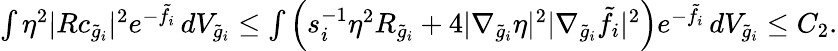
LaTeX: \begin{array}{r}{\int\eta^{2}|Rc_{\tilde{g}_{i}}|^{2}e^{-\tilde{f}_{i}}\, dV_{\tilde{g}_{i}}\le\int\left(s_{i}^{-1}\eta^{2}R_{\tilde{g}_{i}}+4|\nabla_{\tilde{g}_{i}}\eta|^{2}|\nabla_{\tilde{g}_{i}}\tilde{f}_{i}|^{2}\right)e^{-\tilde{f}_{i}}\, dV_{\tilde{g}_{i}}\le C_{2}.}\end{array}